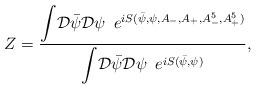
\begin{align*}Z = \frac{ {\displaystyle \int} {\cal D}{\bar \psi} {\cal D} \psi\,\,\, {\displaystyle e}^{iS ( {\bar \psi}, \psi, A_-, A_+,A^5_-, A^5_+) }}{{\displaystyle \int} {\cal D}{\bar \psi} {\cal D} \psi\,\,\, {\displaystyle e}^{iS ( {\bar \psi}, \psi)}}, \end{align*}